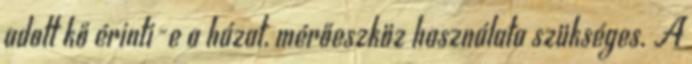
adott kő érinti-e a házat, mérőeszköz használata szükséges. A